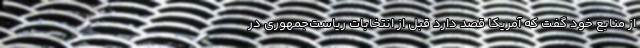
از منابع خود گفت که آمریکا قصد دارد قبل از انتخابات ریاست‌جمهوری در